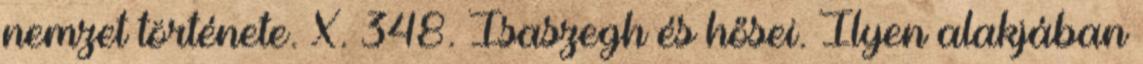
nemzet története. X. 348. Isaszegh és hősei. Ilyen alakjában